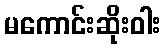
မကောင်းဆိုးဝါး